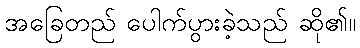
အခြေတည် ပေါက်ပွားခဲ့သည် ဆို၏။